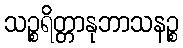
သဉ္စရိတ္တာနုဘာသနဉ္စ